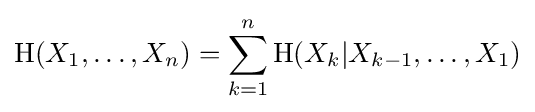
\mathrm {H} (X_{1},\dots ,X_{n})=\sum _{k=1}^{n}\mathrm {H} (X_{k}|X_{k-1},\dots ,X_{1})